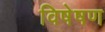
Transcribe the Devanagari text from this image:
विषेषण